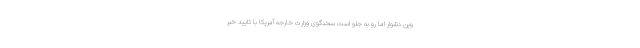
وین دشوار اما رو به جلو است سخنگوی وزارت خارجه آمریکا با تایید خبر